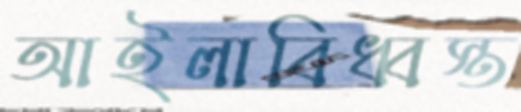
আইলাবিধ্বস্ত